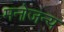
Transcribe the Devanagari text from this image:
मनोजन्य